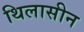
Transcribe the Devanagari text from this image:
थिलासीन